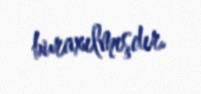
buraxılmışdır.